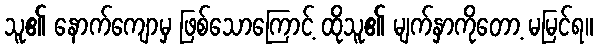
သူ၏ နောက်ကျောမှ ဖြစ်သောကြောင့် ထိုသူ၏ မျက်နှာကိုတော့ မမြင်ရ။